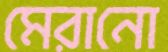
মেরানো